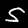
Digit: 5